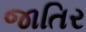
જાતિર